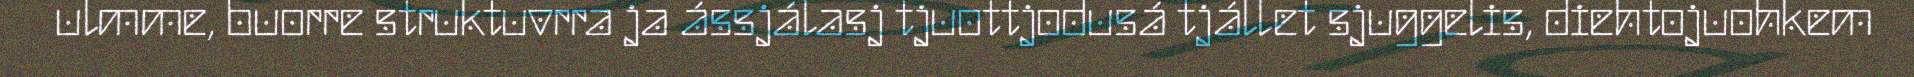
ulmme, buorre struktuvrra ja ássjálasj tjuottjodusá tjállet sjuggelis, diehtojuohkem